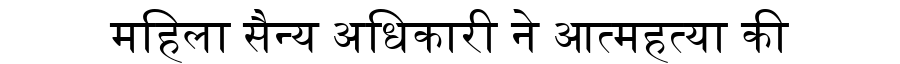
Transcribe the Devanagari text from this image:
महिला सैन्य अधिकारी ने आत्महत्या की